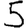
Digit: 5